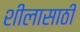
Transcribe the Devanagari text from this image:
शीलासाठी